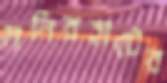
মনিরহাটের